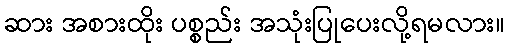
ဆား အစားထိုး ပစ္စည်း အသုံးပြုပေးလို့ရမလား။